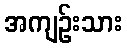
အကျဉ်းသား